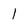
Character: I